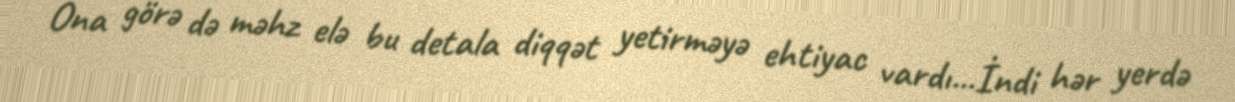
Ona görə də məhz elə bu detala diqqət yetirməyə ehtiyac vardı...İndi hər yerdə